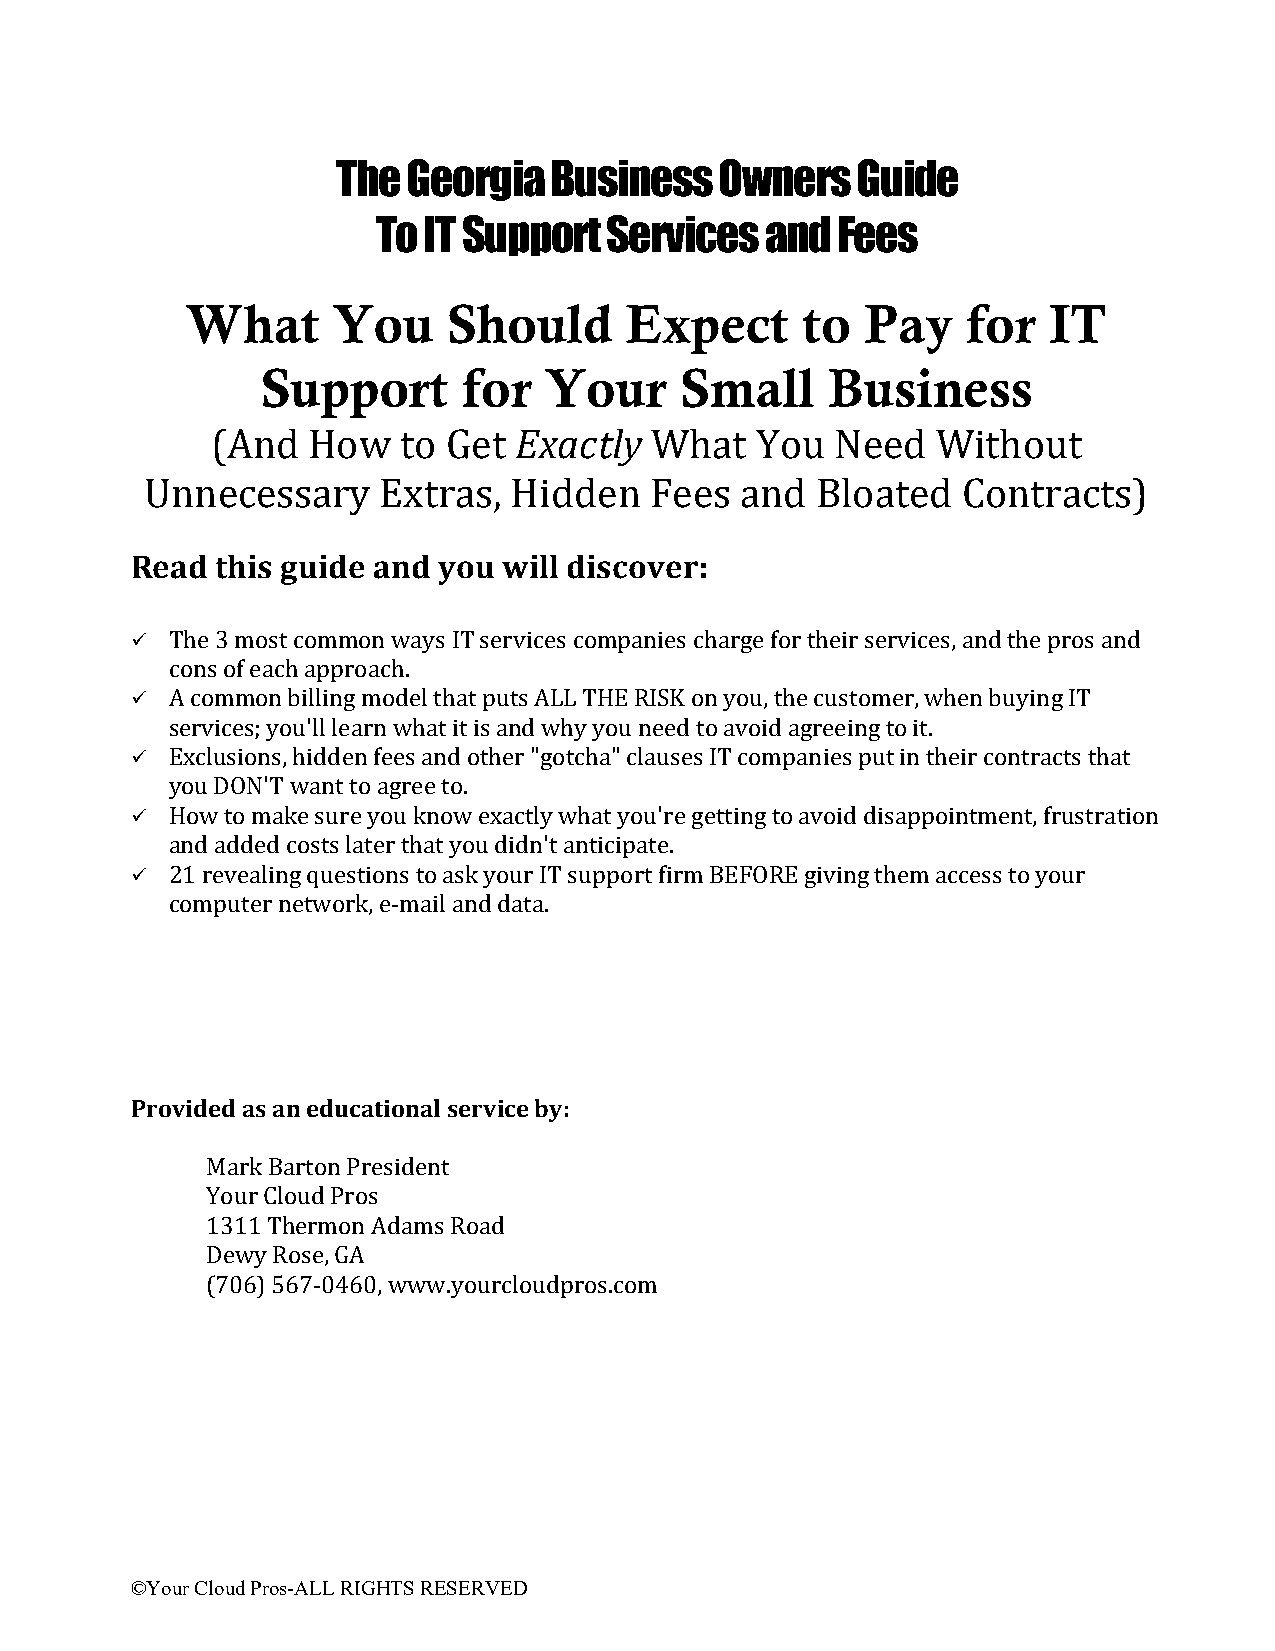
The  Georgia  Business    Owners   Guide
 To IT Support  Services   and Fees
 What      You     Should     Expect      to  Pay    for  IT
 Support       for  Your     Small     Business
 (And  How    to Get Exactly  What   You  Need   Without
 Unnecessary    Extras,  Hidden   Fees  and  Bloated   Contracts)
 Read this guide and you will discover:
  The 3 most common ways IT services companies charge for their services, and the pros and
 cons of each approach.
  A common billing model that puts ALL THE RISK on you, the customer, when buying IT
 services; you'll learn what it is and why you need to avoid agreeing to it.
  Exclusions, hidden fees and other "gotcha" clauses IT companies put in their contracts that
 you DON'T want to agree to.
  How to make sure you know exactly what you're getting to avoid disappointment, frustration
 and added costs later that you didn't anticipate.
  21 revealing questions to ask your IT support firm BEFORE giving them access to your
 computer network, e-mail and data.
 Provided as an educational service by:
 Mark Barton President
 Your Cloud Pros
 1311 Thermon Adams Road
 Dewy Rose, GA
 (706) 567-0460, www.yourcloudpros.com
 ©Your Cloud Pros-ALL RIGHTS RESERVED